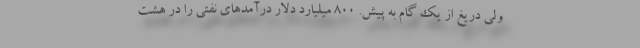
ولی دریغ از یک گام به پیش. 800 میلیارد دلار درآمدهای نفتی را در هشت